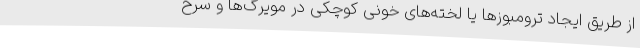
از طریق ایجاد ترومبوزها یا لخته‌های خونی کوچکی در مویرگ‌ها و سرخ‌